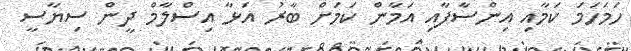
ހަމަހަމަ ކަމާއި އިންސާފާއި އަމާން ކަމަށް ބާރު އަޅާ އިސްލާމް ދީން ސިޔާސީ